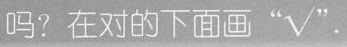
吗?在对的下面画"✓"